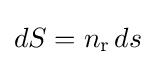
dS=n_{\mathrm {r} \,}ds